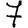
Digit: 7